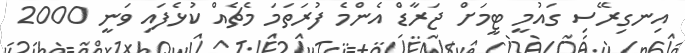
އިނގިރޭސި ގައުމީ ޓީމަށް ޖަރާޑް އެންމެ ފުރަތަމަ މެޗެއް ކުޅެފައި ވަނީ 2000